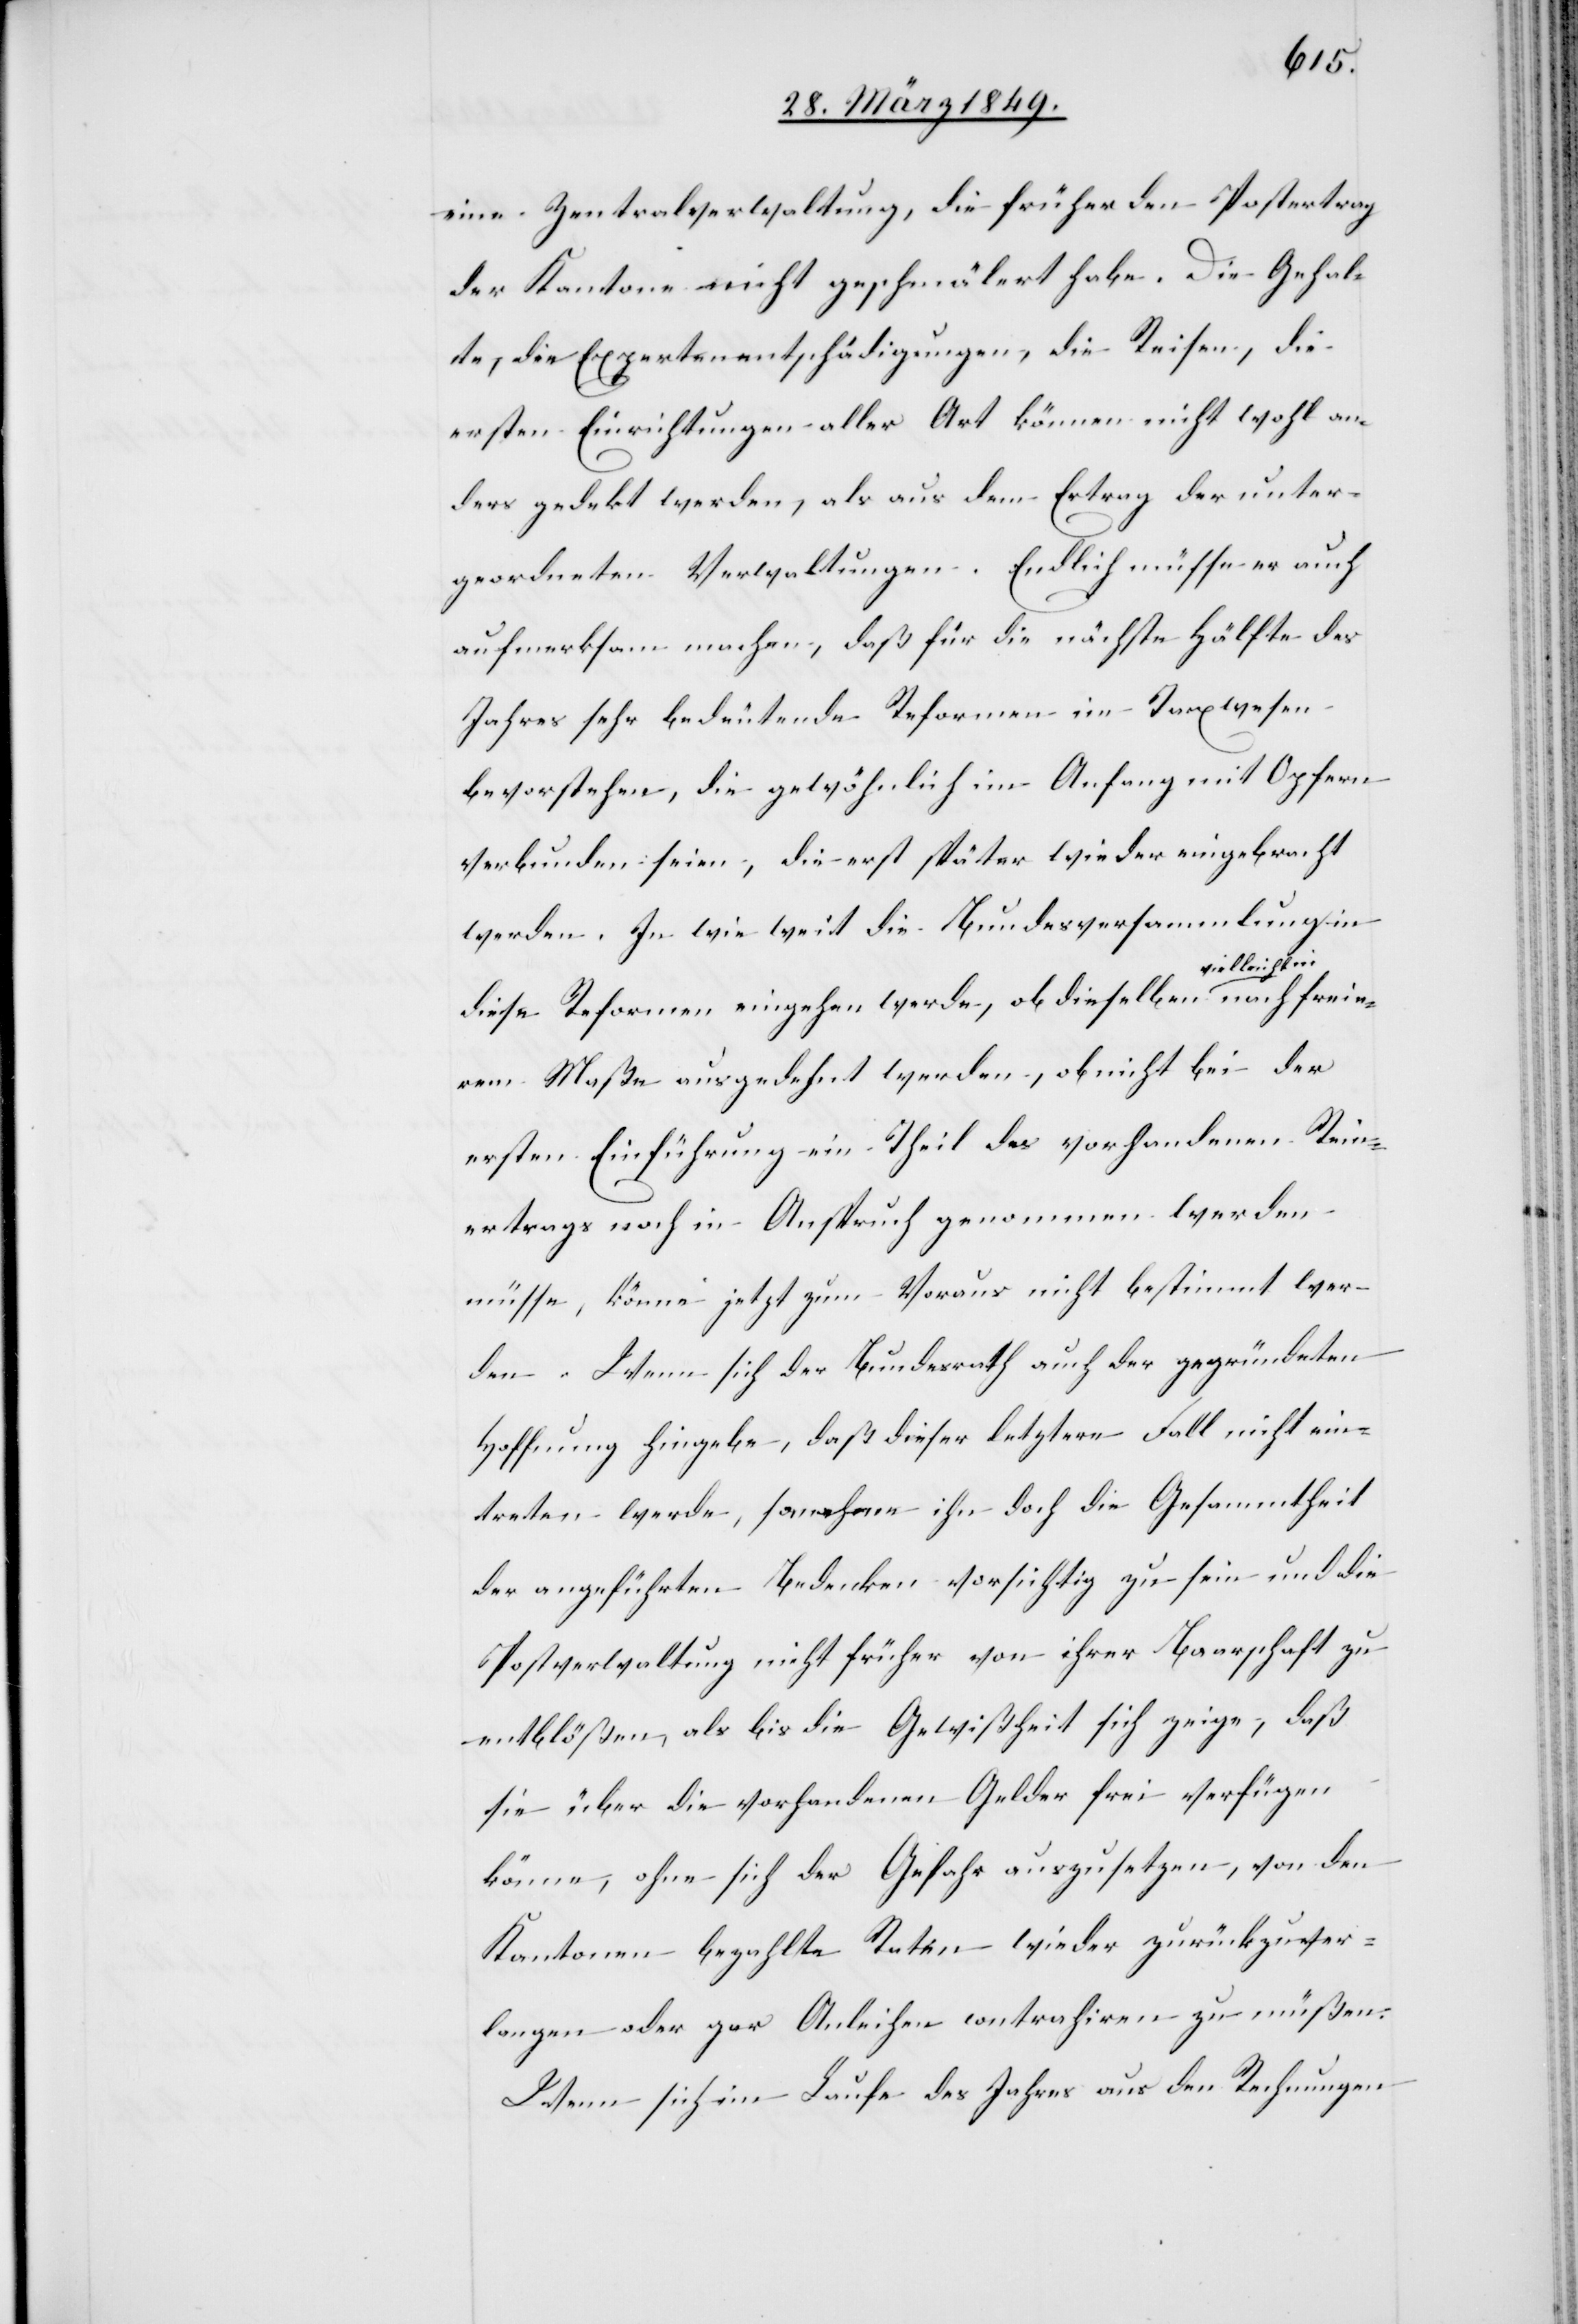
eine Zentralverwaltung, die früher den Postertrag
der Kantone nicht geschmälert habe. Die Gehal¬
te, die Expertenentschädigungen, die Reisen, die
ersten Einrichtungen aller Art können nicht wohl an¬
ders gedekt werden, als aus dem Ertrag der unter¬
geordneten Verwaltungen. Endlich müsse er auch
aufmerksam machen, daß für die nächste Hälfte des
Jahres sehr bedeutende Reformen im Taxwesen
bevorstehen, die gewöhnlich im Anfang mit Opfern
verbunden seien, die erst später wieder eingebracht
werden. In wie weit die Bundesversammlung in
noch frei¬
diese Reformen eingehen werde, ob dieselben vie¬
erem Maße ausgedehnt werden, ob nicht bei der
ersten Einführung ein Theil des vorhandenen Rein¬
ertrags noch in Anspruch genommen werden
müsse, könne jetzt zum Voraus nicht bestimmt wer¬
den. Wenn sich der Bundesrath auch der gegründeten
Hoffnung hingebe, daß dieser letztere Fall nicht ein¬
treten werde, so mahne ihn doch die Gesammtheit
der angeführten Bedenken vorsichtig zu sein und die
Postverwaltung nicht früher von ihrer Baarschaft zu
entblößen, als bis die Gewißheit sich zeige, daß
sie über die vorhandenen Gelder frei verfügen
könne, ohne sich der Gefahr auszusetzen, von den
Kantonen bezahlte Raten wieder zurückzuver¬
langen oder gar Anleihen contrahiren zu müßen.
Wenn sich im Laufe des Jahres aus den Rechnungen